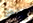
يكون